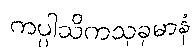
ကပ္ပါသိကသုခုမာနံ